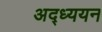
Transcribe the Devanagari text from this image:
अद्ध्ययन